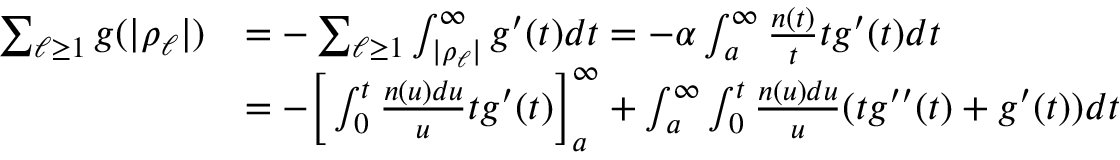
\begin{array} { r l } { \sum _ { \ell \ge 1 } g ( | \rho _ { \ell } | ) } & { = - \sum _ { \ell \ge 1 } \int _ { | \rho _ { \ell } | } ^ { \infty } g ^ { \prime } ( t ) d t = - \alpha \int _ { a } ^ { \infty } \frac { n ( t ) } { t } t g ^ { \prime } ( t ) d t } \\ & { = - \bigg [ \int _ { 0 } ^ { t } \frac { n ( u ) d u } { u } t g ^ { \prime } ( t ) \biggr ] _ { a } ^ { \infty } + \int _ { a } ^ { \infty } \int _ { 0 } ^ { t } \frac { n ( u ) d u } { u } ( t g ^ { \prime \prime } ( t ) + g ^ { \prime } ( t ) ) d t } \end{array}